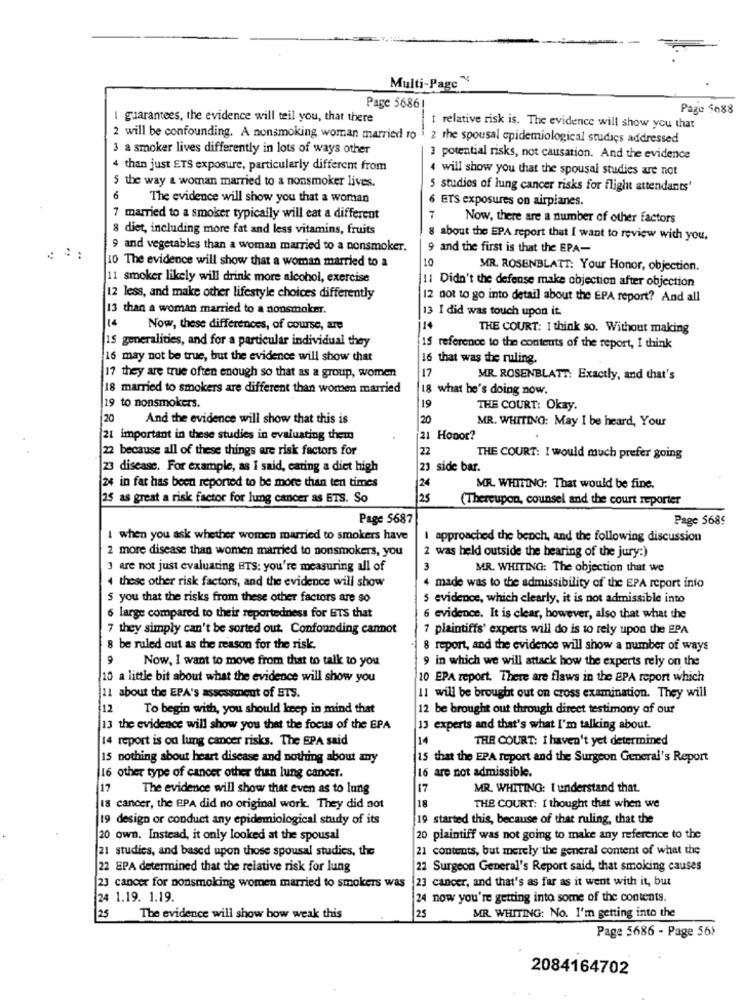
Multi-Page~
Page 56861
Pago 5088
I guarantees, the evidence will teil you, that there
t relative risk is. The evidence will show you that
2 will be confounding. A nonsmoking woman married ro i 2 the spousal epidemiological studies addressed
3 a smoker lives differently in lots of ways other
3 potential risks, not causation. And the evidence
4 than just ETS exposure, particularly different from
4 will show you that the spousal studies are not
5 the way & woman married to a nonsmoker lives.
5 studies of lung cancer risks for flight attendants'
6
The evidence will show you that a woman
6 ETS exposures on airplanes.
7 married to a smoker typically will eat a different
Now, there are a number of other factors
8 diet, including more fat and less vitamins, fruits
8 about the EPA report that I want to review with you.
9 and vegetables than a woman married to a nonsmoker.
9 and the first is that the EPA-
10 The evidence will show that a woman married to a
10
MR. ROSENBLATT: Your Honor, objection.
11 smoker likely will drink more alcohol, exercise
11 Didn't the defense make objection after objection
12 less, and make other lifestyle choices differently
12 not to go into detail about the EPA report? And all
13 than a woman married to a nonsmoker.
13 I did was touch upon it.
14
Now, these differences, of course, are
14
THE COURT: 1 think so. Without making
15 generalities, and for a particular individual they
15 reference to the contents of the report, I think
16 may not be true, but the evidence will show that
16 that was the ruling.
17
17 they are true often enough so that as a group, women
MR. ROSENBLATT: Exactly, and that's
18 married to smokers are different than women married
8 what he's doing now.
19 to nonsmokers.
19
THE COURT: Okay.
20
And the evidence will show that this is
20
MR. WHITING: May I be heard, Your
21 important in these studies in evaluating them
21 Honor?
2 because all of these things are risk factors for
22
THE COURT: I would much prefer going
23 disease. For example, as I said, cating a diet high
21
3 side bar.
24
24 in fat has been reported to be more than ten times
MR. WHITING: That would be fine.
25 as great a risk factor for lung cancer as ETS. So
25
(Thereupon, counsel and the court reporter
Page 5687
Page 5689
1 when you ask whether women married to smokers have
I approached the bench, and the following discussion
2 more disease than women married to nonsmokers, you
2 was held outside the hearing of the jury:)
3 are not just evaluating BTS: you're measuring all of
3
MR. WHITING: The objection that we
4 these other risk factors, and the evidence will show
4 made was to the admissibility of the EPA report info
S you that the risks from these other factors are so
s evidence, which clearly, it is not admissible into
6 large compared to their reportedness for ETS that
6 evidence. It is clear, however, also that what the
7 they simply can't be sorted out. Confounding cannot
7 plaintiffs' experts will do is to rely upon the EPA
be ruled out as the reason for the risk.
8 report, and the evidence will show a number of ways
9
Now, I want to move from that to talk to you
9 in which we will attack how the experts rely on the
10 a little bit about what the evidence will show you
10 EPA report. There are flaws in the EPA report which
11 about the EPA's assessment of ETS.
11 will be brought out on cross examination. They will
12
To begin with, you should keep in mind that
12 be brought out through direct testimony of our
13 the evidence will show you that the focus of the EPA
13 experts and that's what I'm talking about.
14 report is on lung cancer risks. The SPA said
14
THE COURT: I haven't yet determined
15 nothing about heart disease and nothing about any
15 that the EPA report and the Surgeon General's Report
16 other type of cancer other than lung cancer.
16 are not admissible.
17
The evidence will show that even as to lung
17
MR. WHITING: I understand that.
18 cancer, the EPA did no original work. They did not
18
THE COURT: I thought that when we
19 design or conduct any epidemiological study of its
19 started this, because of that ruling, that the
20 own. Instead, it only looked at the spousal
20 plaintiff was not going to make any reference to the
21 studies, and based upon those spousal studies, the
21 contents, but merely the general content of what the
22 EPA determined that the relative risk for lung
22 Surgeon General's Report said, that smoking causes
23 cancer for nonsmoking women married to smokers was |23 cancer, and that's as far as it went with it, but
24 1.19. 1.19.
24 now you're getting into some of the contents.
25
The evidence will show how weak this
25
MR. WHITING: No. I'm getting into the
Page 5686 - Page 56:
2084164702